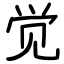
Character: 觉